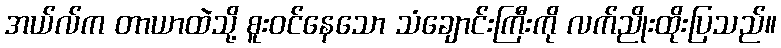
အယ်လ်က တာယာထဲသို့ စူးဝင်နေသော သံချောင်းကြီးကို လက်ညိုးထိုးပြသည်။